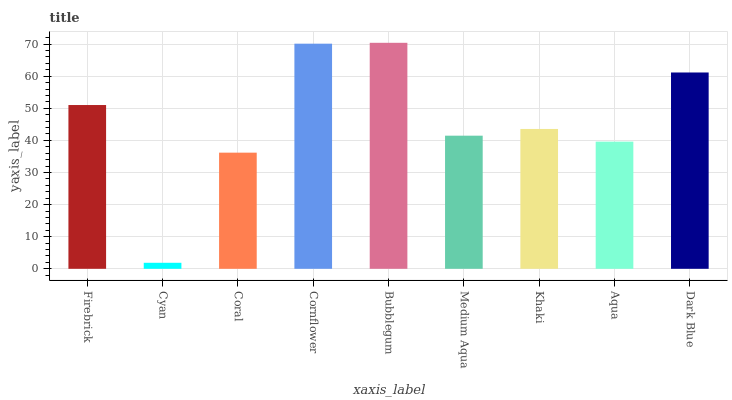
| xaxis_label | bars |
 | --- | --- |
 | Firebrick | 51 |
 | Cyan | 1.88 |
 | Coral | 36.2 |
 | Cornflower | 70.1 |
 | Bubblegum | 70.4 |
 | Medium Aqua | 41.5 |
 | Khaki | 43.6 |
 | Aqua | 39.6 |
 | Dark Blue | 61.2 |